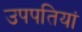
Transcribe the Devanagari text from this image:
उपपतियां